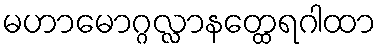
မဟာမောဂ္ဂလ္လာနတ္ထေရဂါထာ